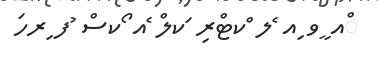
ްއ ީވ ިއ ެލ ްކޓްރި ަކލް ެއ ޯކސް ުފ ިރހަ